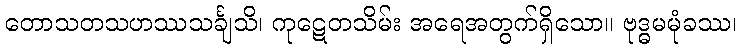
တောသတသဟဿသင်္ချသိ၊ ကုဋေတသိမ်း အရေအတွက်ရှိသော။ ဗုဒ္ဓမမုံခဿ၊